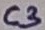
Text: C3